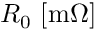
R _ { 0 } \ [ \mathrm { m } \Omega ]